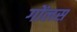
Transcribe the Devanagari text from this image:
गोंलस